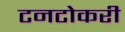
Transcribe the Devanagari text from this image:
टनटोकरी